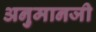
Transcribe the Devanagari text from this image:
अनुमानजी